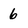
Character: 6